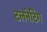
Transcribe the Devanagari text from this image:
टलनेटिंग